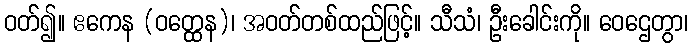
ဝတ်၍။ ဧကေန (ဝတ္ထေန)၊ အဝတ်တစ်ထည်ဖြင့်။ သီသံ၊ ဦးခေါင်းကို။ ဝေဌေတွာ၊